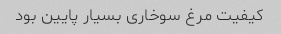
کیفیت مرغ سوخاری بسیار پایین بود